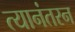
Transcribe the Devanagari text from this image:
त्यानंतरन